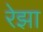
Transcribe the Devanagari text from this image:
रेझा